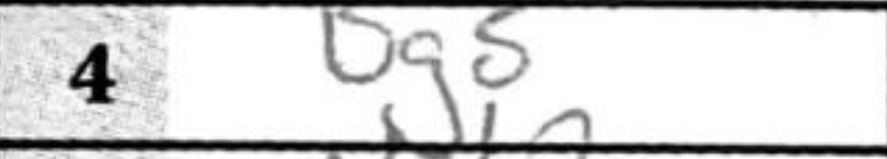
Transcription: Bg5